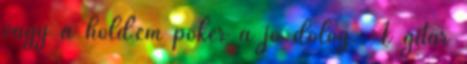
vagy a hold'em póker a jó dolog. A gitár